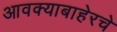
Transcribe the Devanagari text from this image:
आवक्याबाहेरचे